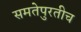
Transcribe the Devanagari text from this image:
समतेपुरतीच